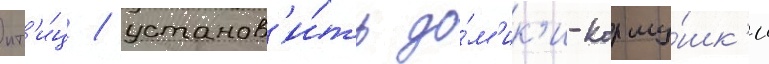
пт'и́ц / установ'и́ть до́м'ик'и-корму́шк'и